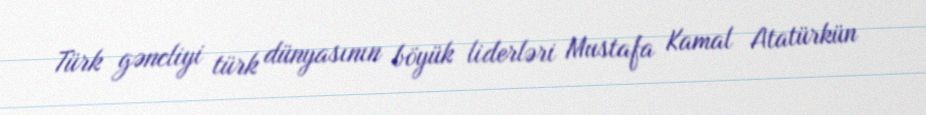
Türk gəncliyi türk dünyasının böyük liderləri Mustafa Kamal Atatürkün